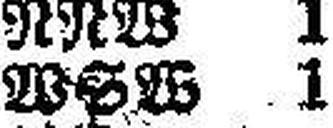
WSW 1